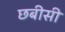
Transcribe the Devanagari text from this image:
छबीसी